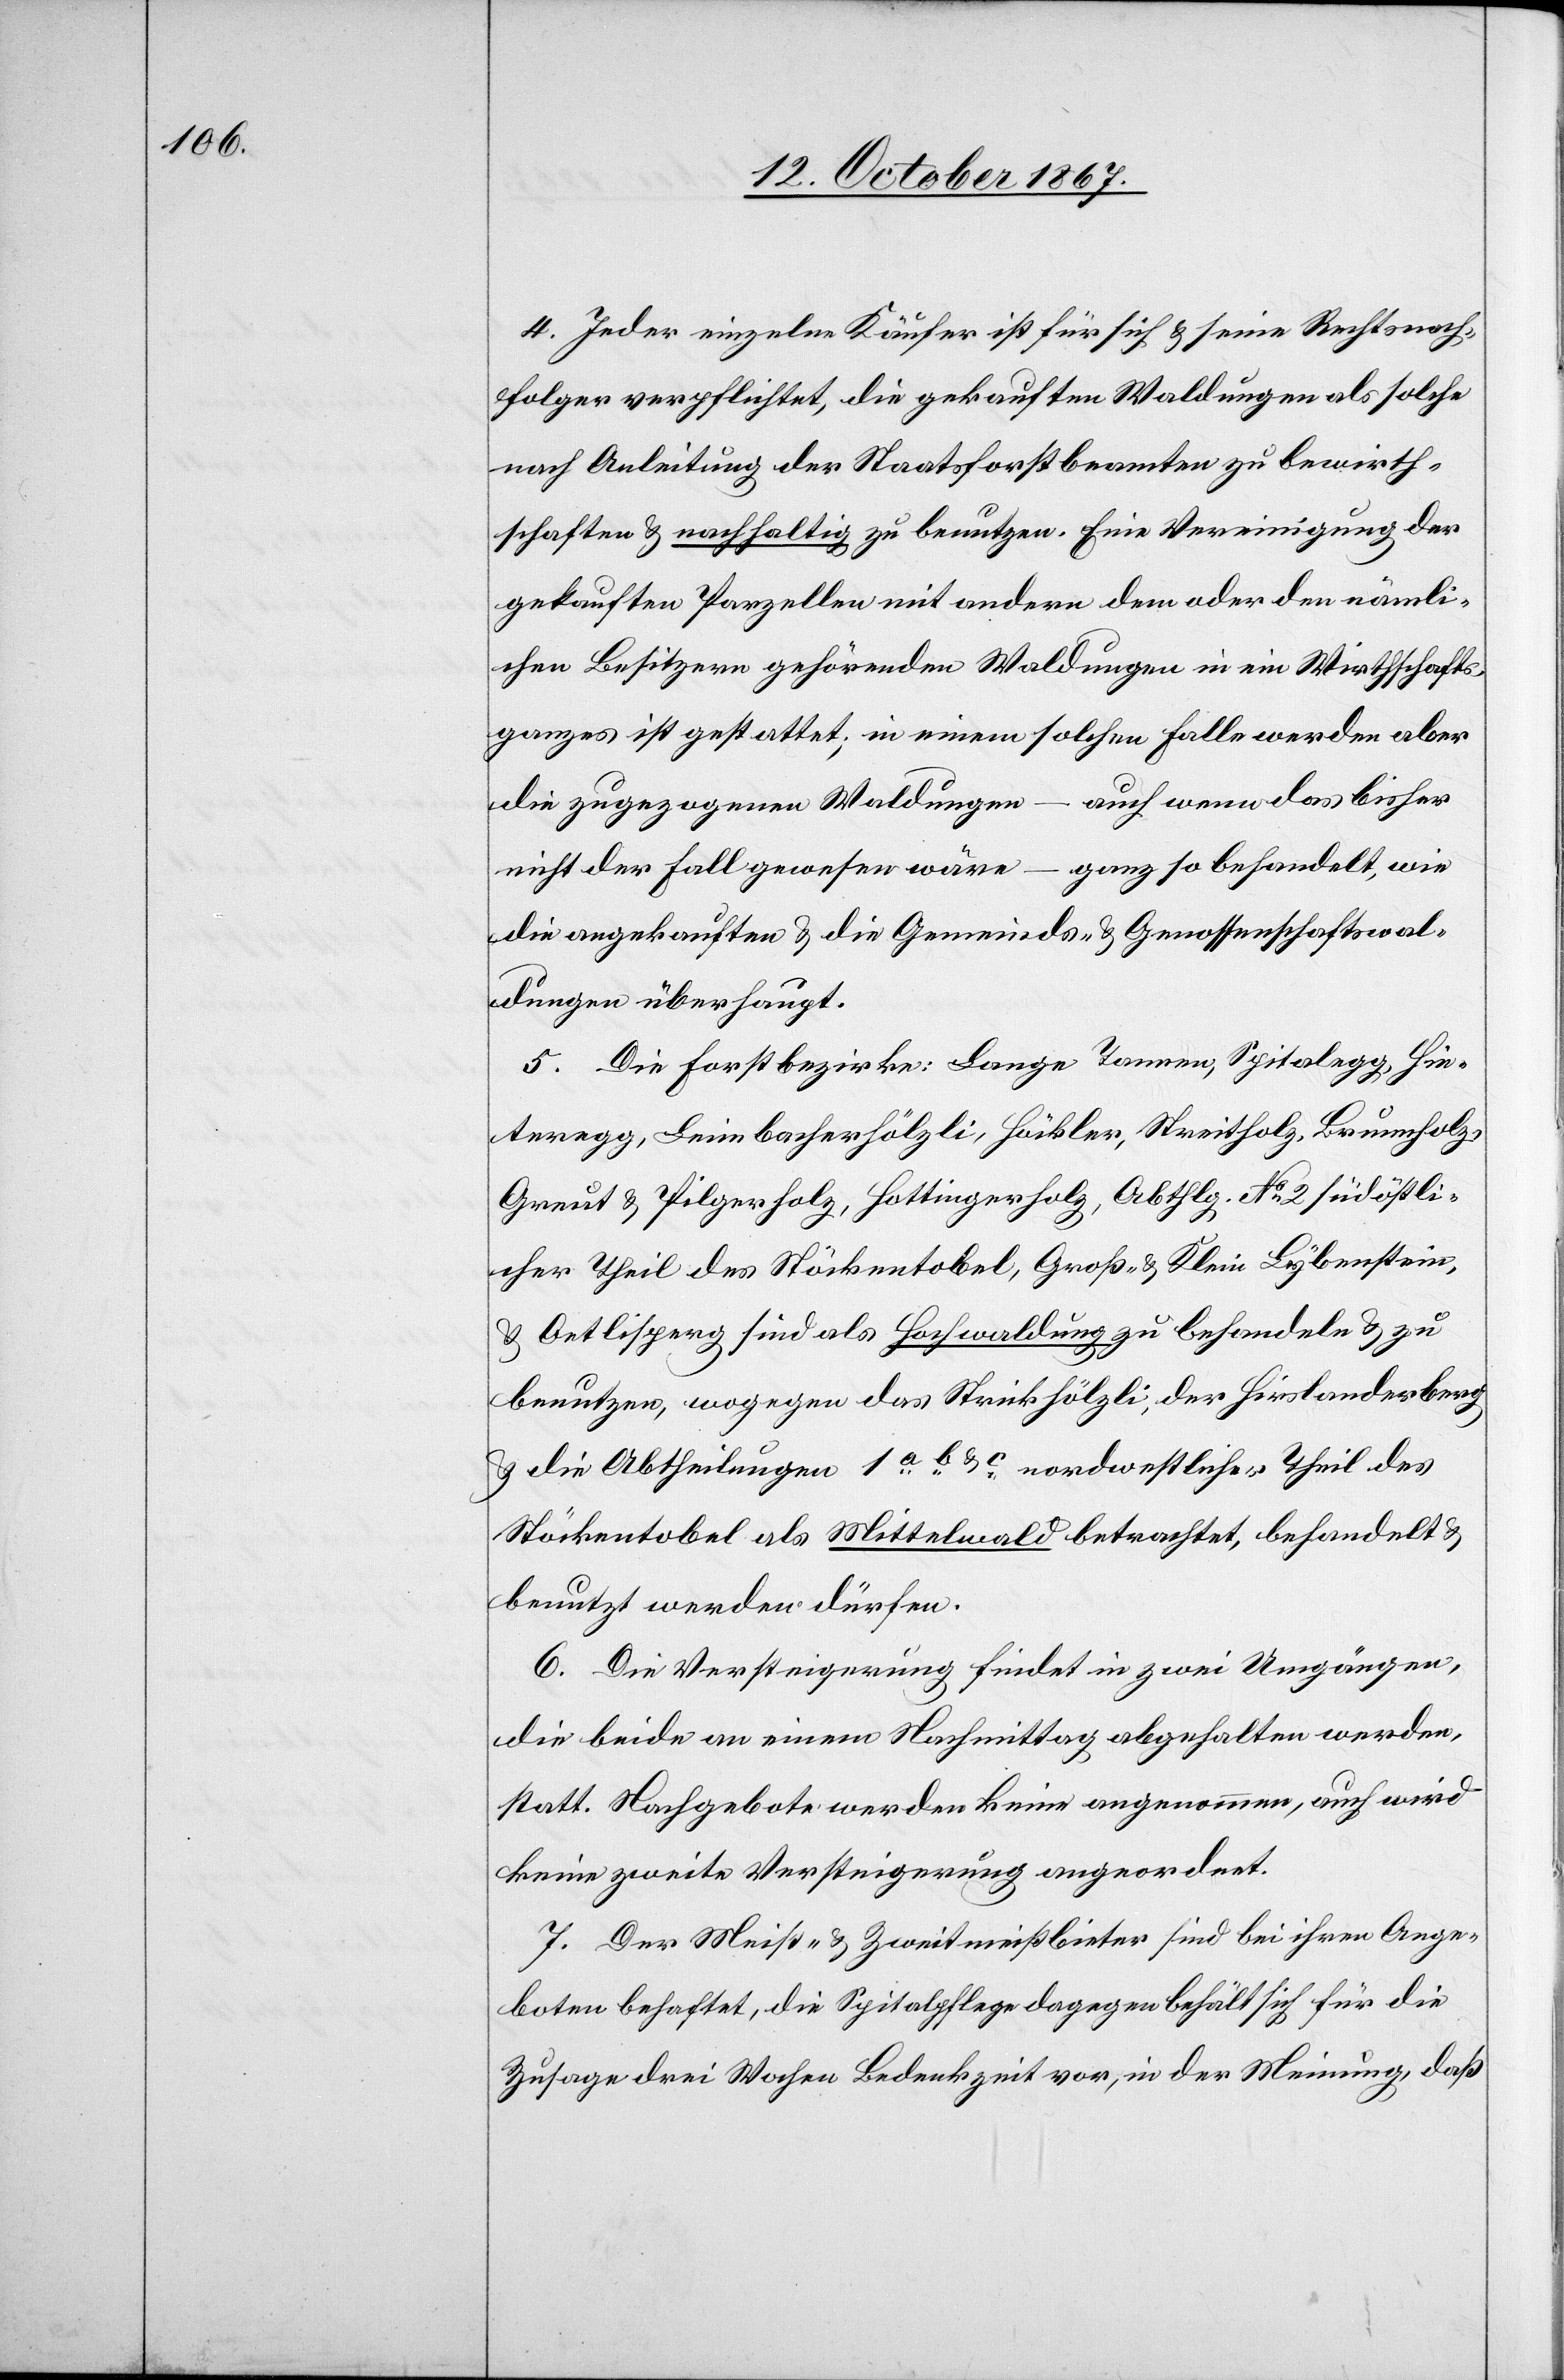
4. Jeder einzelne Käufer ist für sich u. seine Rechtsnach¬
folger verpflichtet, die gekauften Waldungen als solche
nach Anleitung der Staatsforstbeamten zu bewirth¬
schaften u. nachhaltig zu benutzen. Eine Vereinigung der
gekauften Parzellen mit andern dem oder den nämli¬
chen Besitzern gehörenden Waldungen in ein Wirthschafts¬
ganzes ist gestattet; in einem solchen Falle werden aber
auch wenn das bisher
die zugezogenen Waldungen
ganz so behandelt, wie
nicht der Fall gewesen wäre
die angekauften u. die Gemeinds- u. Genossenschaftswal¬
dungen überhaupt.
5. Die Forstbezirke: Lange Tannen, Spitalegg, Hin¬
teregg, Leimbacherhölzli, Häckler, Streitholz, Brunnholz,
Greut u. Pilgerholz, Hottingerholz, Abthlg. No 2 südöstli¬
cher Theil des Stäckentobel, Groß- u. Klein Lybenstein,
u. Oetlisperg sind als Hochwaldung zu behandeln u. zu
benutzen, wogegen das Strickhölzli, der Hirslanderberg
u. die Abtheilungen 1a b u. c nordwestlicher Theil des
Stöckentobel als Mittelwald betrachtet, behandelt u.
benutzt werden dürfen.
6. Die Versteigerung findet in zwei Umgängen,
die beide an einem Nachmittag abgehalten werden,
statt. Nachgebote werden keine angenommen, auch wird
keine zweite Versteigerung angeordnet.
7. Der Meist- u. Zweitmeistbieter sind bei ihren Ange¬
boten behaftet, die Spitalpflege dagegen behält sich für die
Zusage drei Wochen Bedenkzeit vor, in der Meinung, daß